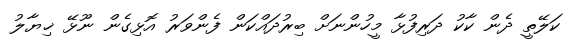
ކަލޭތީ ދެން ކާކު ދަރިފުޅާ މީހުންނަށް ބިރުދައްކަން ފެންވަރު އޮޅިގެން ނޫޅޭ ޚިޔާލު